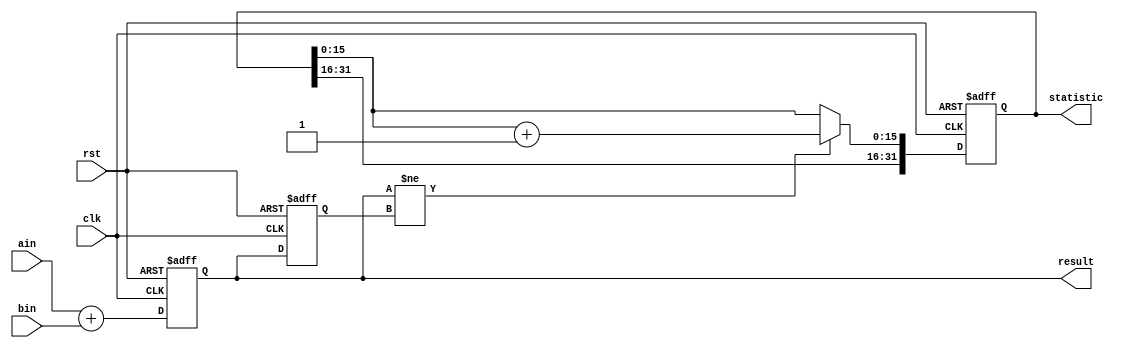
module adder_20
(
	input                     clk      ,
	input                     rst      ,
	input      [31:0]         ain      ,
	input      [31:0]         bin      ,
	output reg [31:0]         result   ,
	output reg [31:0]         statistic 
);
	reg [31:0] result_last;
	always @(posedge clk or posedge rst) begin
		if (rst) begin
			result      <= 32'h0;
			result_last <= 32'h0;
		end else begin
			result      <= ain + bin;
			result_last <= result;
		end
	end
	always @(posedge clk or posedge rst) begin
		if (rst) begin
			statistic[31:16] <= 16'hc001;
			statistic[15:0]  <= 16'h0;
		end else begin
			if ( result != result_last ) begin
				statistic[15:0] <= statistic[15:0] + 16'h1;
			end
		end
	end
endmodule